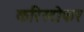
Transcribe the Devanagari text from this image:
करिस्टोफर